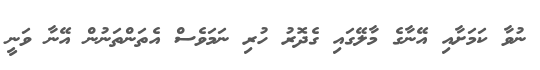
ނުވާ ކަމަށާއި އޭނާގެ މާލޭގައި ގެދޮރު ހުރި ނަމަވެސް އެތަންތަނުން އޭނާ ވަނީ